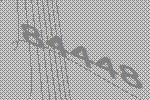
84448